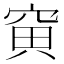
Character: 𥦕